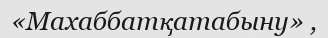
«Махаббатқатабыну» ,